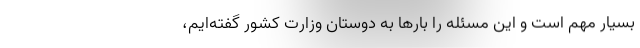
بسیار مهم است و این مسئله را بارها به دوستان وزارت کشور گفته‌ایم،